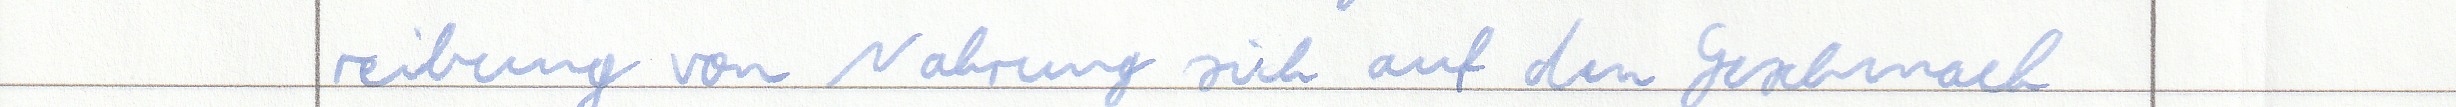
reibung von Nahrung sich auf den Geschmack